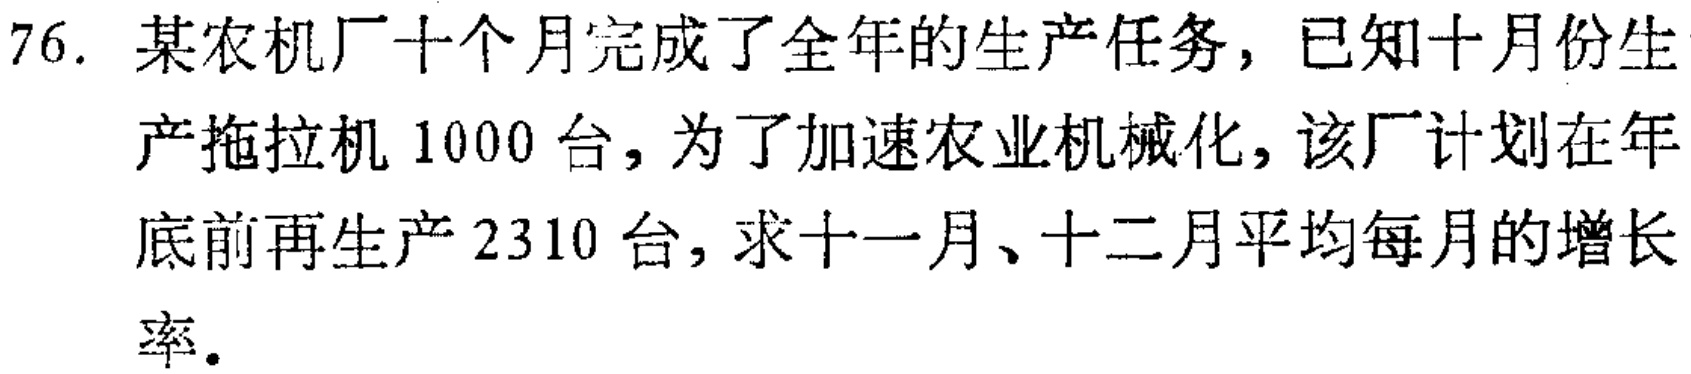
76. 某农机厂十个月完成了全年的生产任务，已知十月份生产拖拉机1000台，为了加速农业机械化，该厂计划在年底前再生产2310台，求十一月、十二月平均每月的增长率.